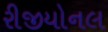
રીજીયોનલ